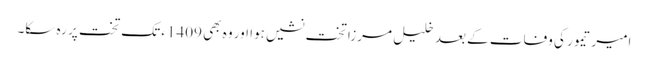
امیر تیمور کی وفات کے بعد خلیل مرزا تخت نشیں ہوا اور وہ بھی 1409ء تک تخت پر رہ سکا۔